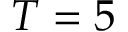
T = 5